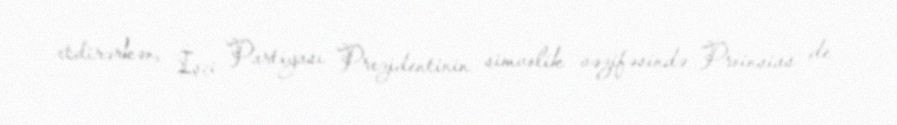
etdirərkən, İşçi Partiyası Prezidentinin simvolik vəzifəsində Proinsias de